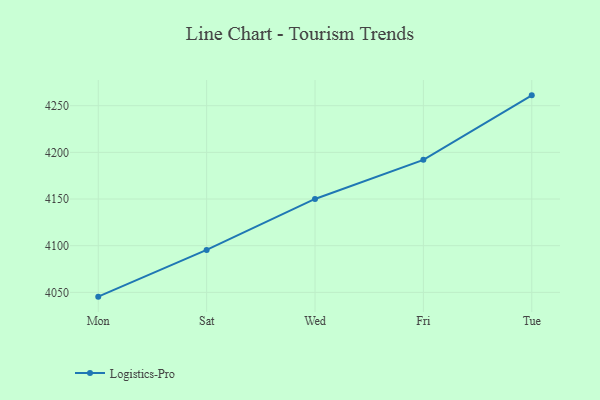
{"axis": {"x": "Day", "y": "Inventory Turnover"}, "legend": ["Logistics-Pro"], "data": [{"x": "Mon", "y": 4045.4, "type": "Logistics-Pro"}, {"x": "Sat", "y": 4095.5, "type": "Logistics-Pro"}, {"x": "Wed", "y": 4150.1, "type": "Logistics-Pro"}, {"x": "Fri", "y": 4192.0, "type": "Logistics-Pro"}, {"x": "Tue", "y": 4261.1, "type": "Logistics-Pro"}]}